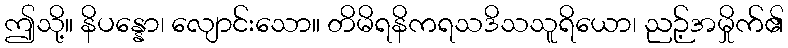
ဤသို့။ နိပန္နော၊ လျောင်းသော။ တိမိရနိကရသဒိသသူရိယော၊ ညဉ့်အမှိုက်၏